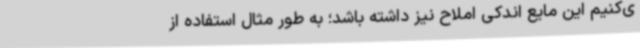
ی‌کنیم این مایع اندکی املاح نیز داشته باشد؛ به طور مثال استفاده از